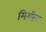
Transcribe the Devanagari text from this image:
मिररिंग